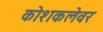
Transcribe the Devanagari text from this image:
कोशकलेवर